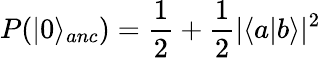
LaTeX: P(\vert 0\rangle_{anc})=\frac{1}{2}+\frac{1}{2}\vert\langle a\vert b\rangle\vert^{2}